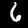
Label: 6